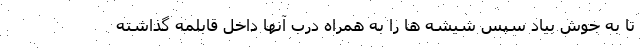
تا به جوش بیاد سپس شیشه ها را به همراه درب آنها داخل قابلمه گذاشته